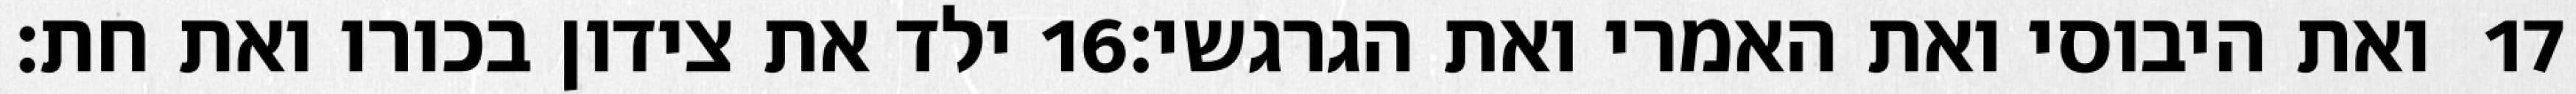
ילד את צידון בכורו ואת חת׃ ‎16‏ ואת היבוסי ואת האמרי ואת הגרגשי׃ ‎17‏